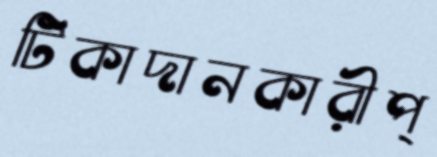
টিকাদানকারীপ্